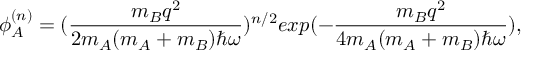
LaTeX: \phi _ { A } ^ { ( n ) } = ( \frac { m _ { B } q ^ { 2 } } { 2 m _ { A } ( m _ { A } + m _ { B } ) \hbar \omega } ) ^ { n / 2 } e x p ( - \frac { m _ { B } q ^ { 2 } } { 4 m _ { A } ( m _ { A } + m _ { B } ) \hbar \omega } ) ,